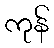
ကုန်